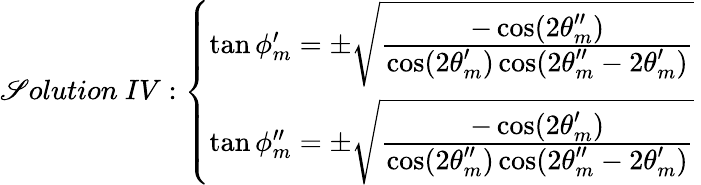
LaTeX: \mathscr{S}olution~IV:\left\{ \begin{array}{l}{{\tan\phi_{m}^{\prime}=\pm\sqrt{{\frac{\displaystyle-\cos(2\theta_{m}^{\prime\prime})}{\displaystyle\cos(2\theta_{m}^{\prime})\cos(2\theta_{m}^{\prime\prime}-2\theta_{m}^{\prime})}}}~}}\\ {{\tan\phi_{m}^{\prime\prime}=\pm\sqrt{{\frac{\displaystyle-\cos(2\theta_{m}^{\prime})}{\displaystyle\cos(2\theta_{m}^{\prime\prime})\cos(2\theta_{m}^{\prime\prime}-2\theta_{m}^{\prime})}}}~}}\end{array}\right.